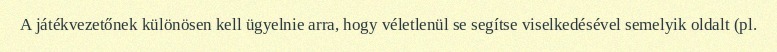
A játékvezetőnek különösen kell ügyelnie arra, hogy véletlenül se segítse viselkedésével semelyik oldalt (pl.